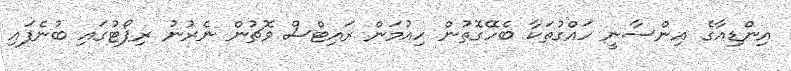
އިންޑިއާގެ އިންސާނީ ހައްގުތަކާ ބެހޭގޮތުން ހިއުމަން ރައިޓްސް ވޮޗުން ނެރުނު ރިޕޯޓުގައި ބުނެފައި